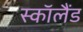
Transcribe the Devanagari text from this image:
स्काॅलैंड